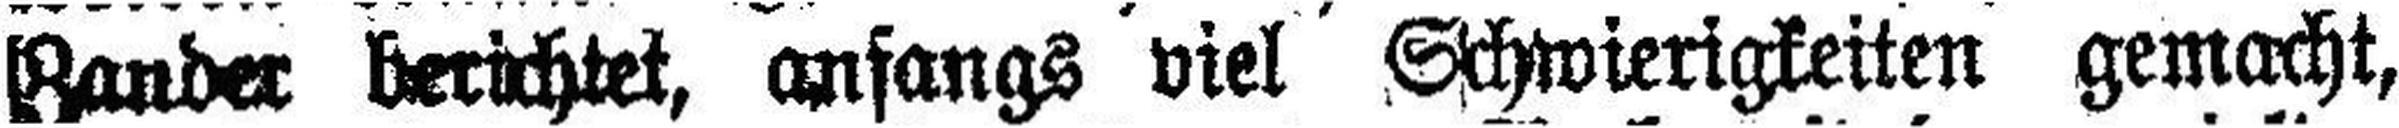
Zander berichtet, anfangs viel Schwierigkeiten gemacht,